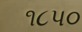
૧૮પ૦